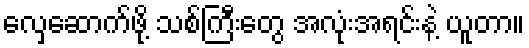
လှေဆောက်ဖို့ သစ်ကြီးတွေ အလုံးအရင်းနဲ့ ယူတာ။